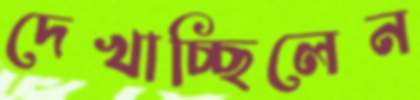
দেখাচ্ছিলেন